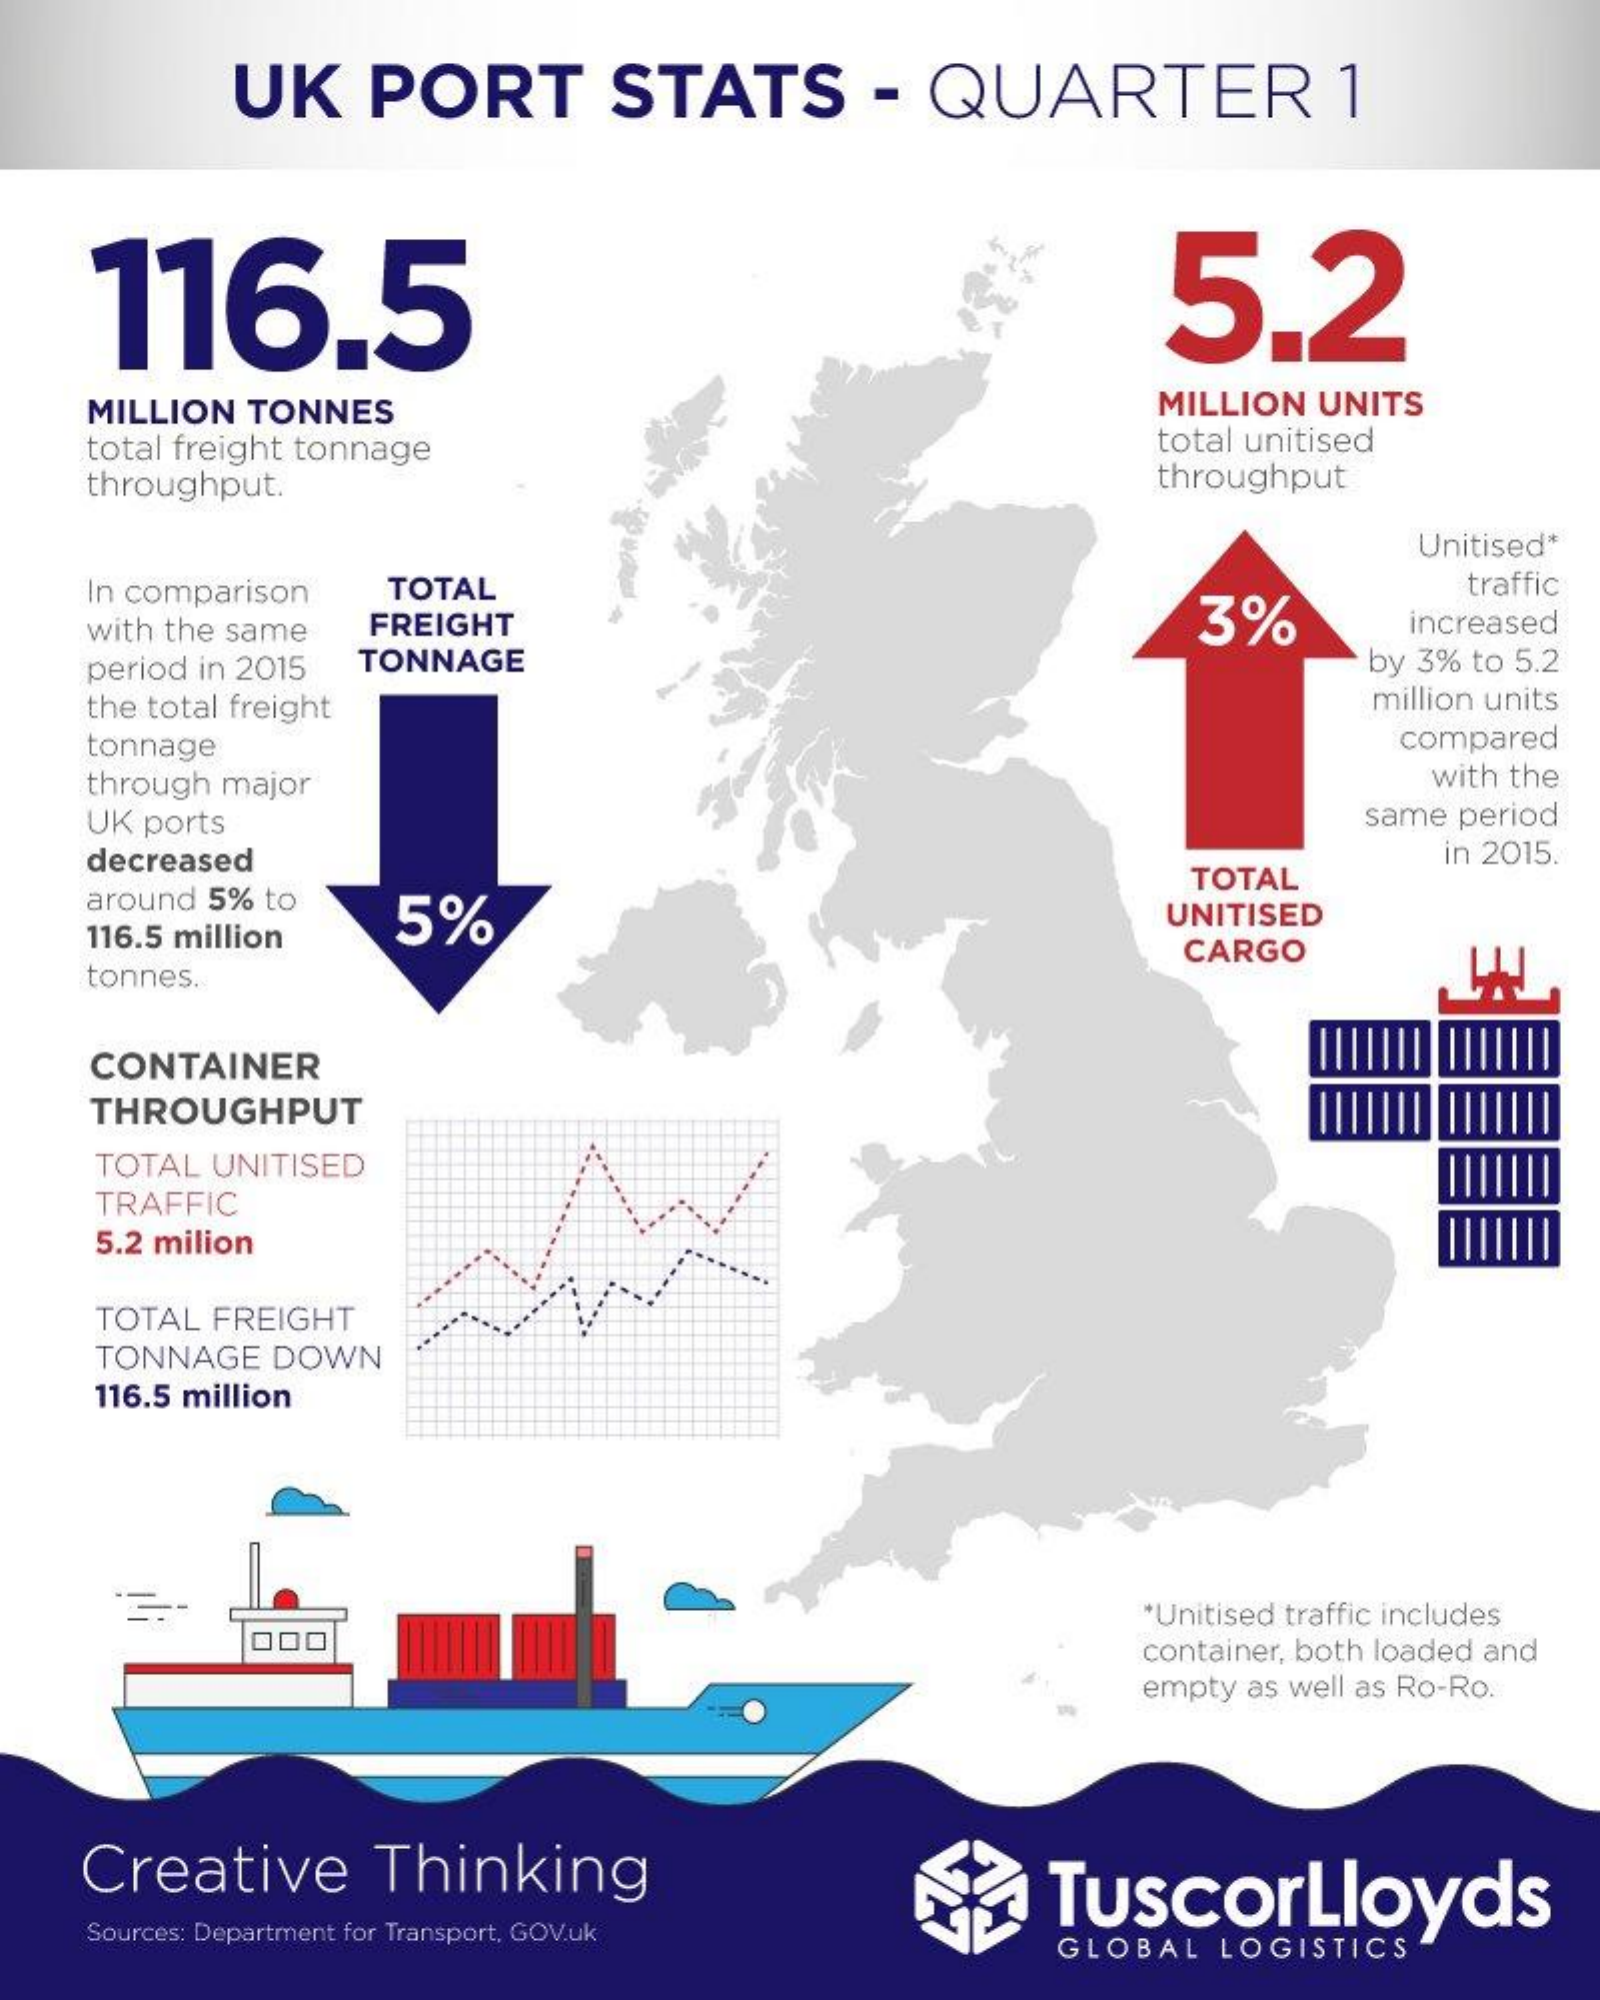
UK  PORT    STATS    -  QUARTER    1
    116.5    5.2
    MILLION TONNES    MILLION UNITS
    total freight tonnage    total unitised
    throughput.    throughput
     Unitised*
    In comparison TOTAL    traffic
    with the same FREIGHT    3%    increased
    period in 2015 TONNAGE    by 3% to 5.2
    the total freight    million units
    tonnage    compared
    through major    with the
    UK ports    same period
    decreased
     TOTAL
     in 2015.
    around 5% to
    116.5 million
     5%    UNITISED
    tonnes.
     CARGO
    CONTAINER
    THROUGHPUT
    TOTAL UNITISED
    TRAFFIC
    5.2 milion
    TOTAL FREIGHT
    TONNAGE DOWN
    116.5 million
     000
     *Unitised traffic includes
     container, both loaded and
     empty as well as Ro-Ro.
   Creative    Thinking    TuscorLloyds
    Sources: Department for Transport, GOV.uk GLOBAL LOGISTICS